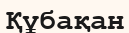
Құбақан